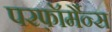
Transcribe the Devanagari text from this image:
परफ़ॉर्मैन्स